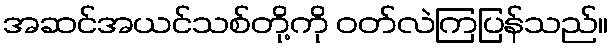
အဆင်အယင်သစ်တို့ကို ဝတ်လဲကြပြန်သည်။